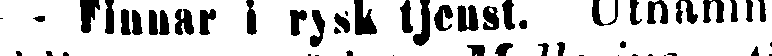
- Finnr i rysk tjenst. Utnämn